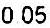
0.05